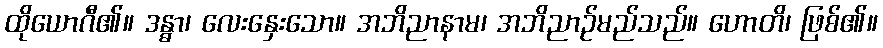
ထိုယောဂီ၏။ ဒန္ဓာ၊ လေးနှေးသော။ အဘိညာနာမ၊ အဘိညာဉ်မည်သည်။ ဟောတိ၊ ဖြစ်၏။